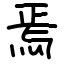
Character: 焉